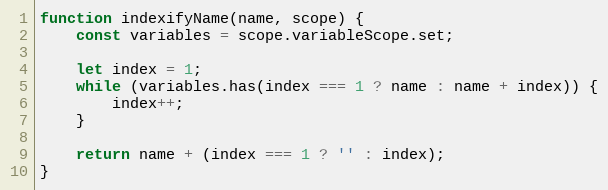
Language: JavaScript
function indexifyName(name, scope) {
	const variables = scope.variableScope.set;

	let index = 1;
	while (variables.has(index === 1 ? name : name + index)) {
		index++;
	}

	return name + (index === 1 ? '' : index);
}